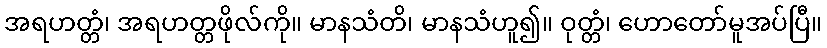
အရဟတ္တံ၊ အရဟတ္တဖိုလ်ကို။ မာနသံတိ၊ မာနသံဟူ၍။ ဝုတ္တံ၊ ဟောတော်မူအပ်ပြီ။